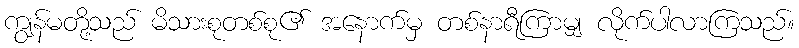
ကျွန်မတို့သည် မိသားစုတစ်စု၏ အနောက်မှ တစ်နာရီကြာမျှ လိုက်ပါလာကြသည်။